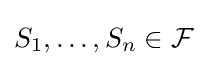
S_{1},\ldots ,S_{n}\in {\mathcal {F}}